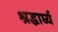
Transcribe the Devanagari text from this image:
श्रद्धार्घ्य